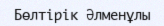
Бөлтірік Әлменұлы